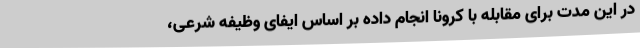
در این مدت برای مقابله با کرونا انجام داده بر اساس ایفای وظیفه شرعی،